Lunatic asylums Punjab 1895-1910 - 1895-1910
Year: 1895
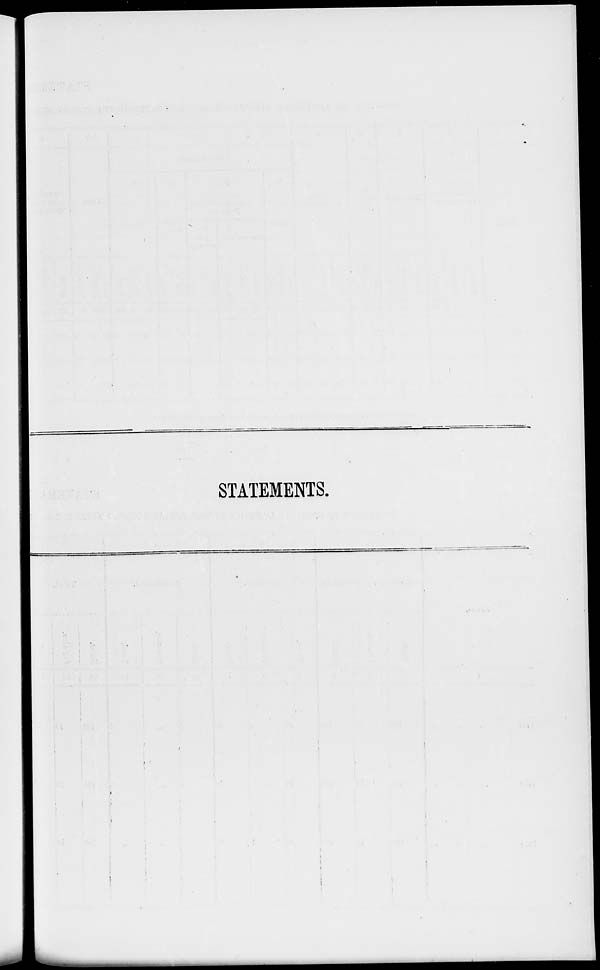
STATEMENTS.